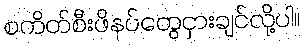
စကိတ်စီးဖိနပ်တွေငှားချင်လို့ပါ။